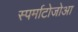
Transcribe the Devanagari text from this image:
स्पर्माटोजोआ